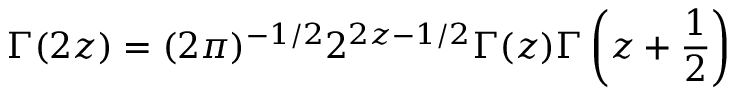
\Gamma ( 2 z ) = ( 2 \pi ) ^ { - 1 / 2 } 2 ^ { 2 z - 1 / 2 } \Gamma ( z ) \Gamma \left( z + \frac { 1 } { 2 } \right)